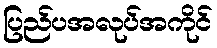
ပြည်ပအလုပ်အကိုင်